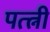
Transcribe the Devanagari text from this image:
पत्त्नी